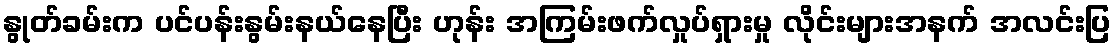
နွုတ်ခမ်းက ပင်ပန်းနွမ်းနယ်နေပြီး ဟုန်း အကြမ်းဖက်လှုပ်ရှားမှု လိုင်းများအနက် အလင်းပြ